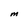
Character: M